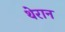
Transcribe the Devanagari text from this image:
थेरान